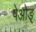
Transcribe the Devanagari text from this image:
षेओङ्